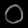
Digit: ၀